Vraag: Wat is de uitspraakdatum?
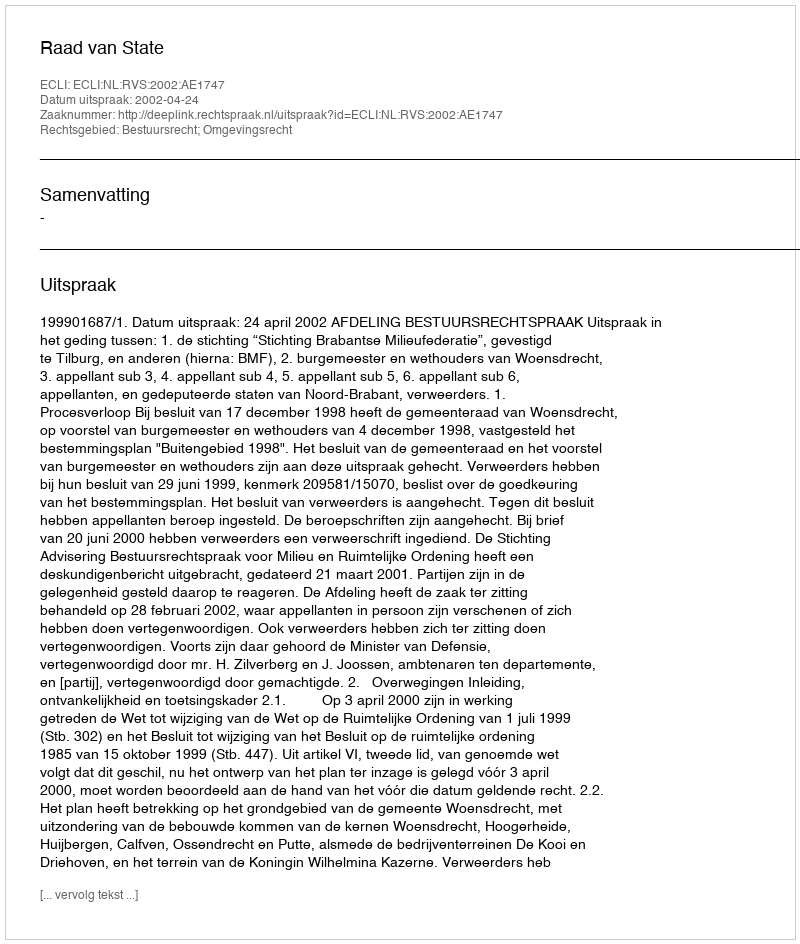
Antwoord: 2002-04-24